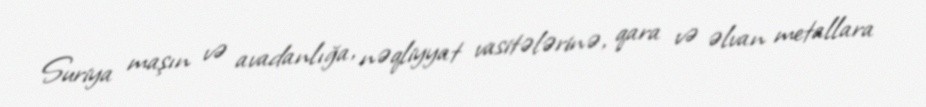
Suriya maşın və avadanlığa, nəqliyyat vasitələrinə, qara və əlvan metallara